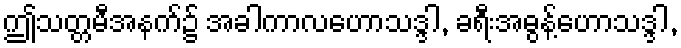
ဤသတ္တမီအနက်၌ အခါကာလဟောသဒ္ဒါ, ခရီးအဓွန့်ဟောသဒ္ဒါ,